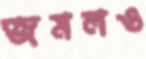
জমলও